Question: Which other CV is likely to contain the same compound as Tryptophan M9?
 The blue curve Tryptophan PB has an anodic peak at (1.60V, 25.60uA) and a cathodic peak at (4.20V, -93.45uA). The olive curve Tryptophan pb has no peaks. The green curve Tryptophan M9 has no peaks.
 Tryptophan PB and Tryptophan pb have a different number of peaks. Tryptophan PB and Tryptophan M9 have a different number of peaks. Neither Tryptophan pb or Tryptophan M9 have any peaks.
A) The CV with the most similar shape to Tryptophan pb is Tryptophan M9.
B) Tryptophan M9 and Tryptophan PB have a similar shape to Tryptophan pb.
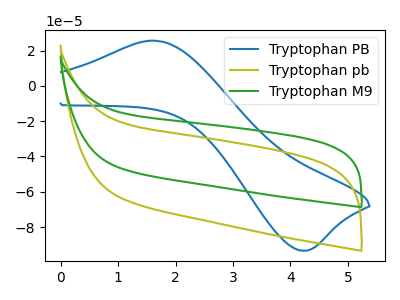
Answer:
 <answer>A) The CV with the most similar shape to "Tryptophan pb" is "Tryptophan M9".</answer>
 <eval>A</eval>